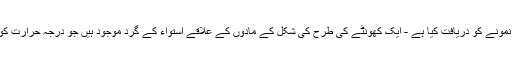
کیسینی نے زحل کے درمیانی حجم کے کافی مہتابوں پر ایک نمونے کو دریافت کیا ہے - ایک کھونٹے کی طرح کی شکل کے مادّوں کے علاقے استواء کے گرد موجود ہیں جو درجہ حرارت کو اپنی ارد گرد کے مقابلے میں زیادہ دیر سے تبدیل کرتے ہیں۔